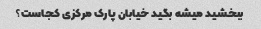
ببخشید میشه بگید خیابان پارک مرکزی کجاست؟